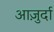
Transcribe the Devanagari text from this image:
आजु़र्दा